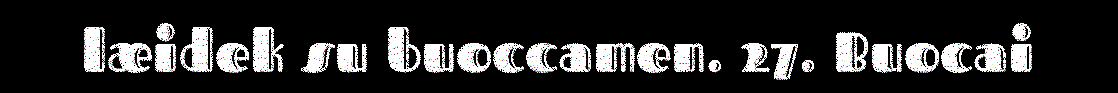
læidek su buoccamen. 27. Buocai